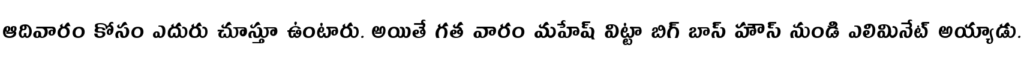
ఆదివారం కోసం ఎదురు చూస్తూ ఉంటారు. అయితే గత వారం మహేష్ విట్టా బిగ్ బాస్ హౌస్ నుండి ఎలిమినేట్ అయ్యాడు.